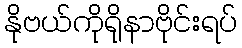
နိုဗယ်ကိုရိုနာဗိုင်းရပ်